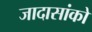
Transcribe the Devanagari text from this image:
जादासांको